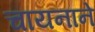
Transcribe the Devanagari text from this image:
चायनाने